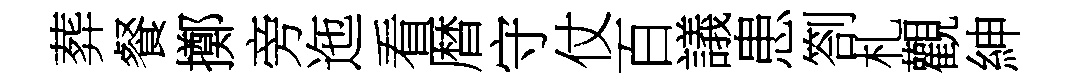
葬餐擲旁迤看暦守仗百議患劄札觀紳